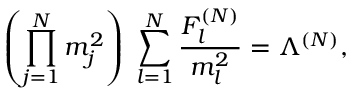
\left( \prod _ { j = 1 } ^ { N } m _ { j } ^ { 2 } \right) \; \sum _ { l = 1 } ^ { N } \frac { F _ { l } ^ { ( N ) } } { m _ { l } ^ { 2 } } = \Lambda ^ { ( N ) } ,